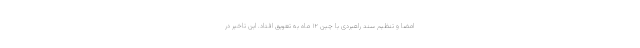
امضا و تنظیم سند راهبردی با چین ۱۲ ماه به تعویق افتاد. این تاخیر در